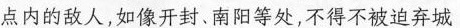
点内的敌人，如像开封、南阳等处，不得不被迫弃城